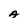
Character: A